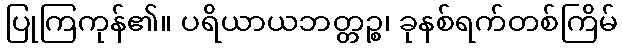
ပြုကြကုန်၏။ ပရိယာယဘတ္တဉ္စ၊ ခုနစ်ရက်တစ်ကြိမ်